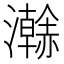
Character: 𤃬